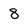
Character: 8